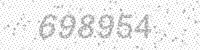
Solution: 698954